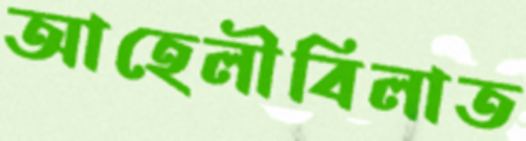
আহেলীবিলাত